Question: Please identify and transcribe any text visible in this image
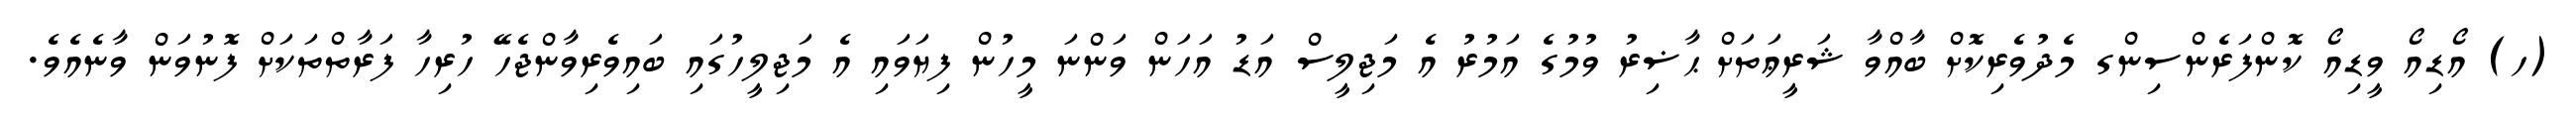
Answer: (ހ) އޯޑިއޯ ވީޑިއޯ ކޮންފަރެންސިންގ މެދުވެރިކޮށް ބާއްވާ ޝަރީޢަތަށް ޙާޟިރު ވުމުގެ އަމުރު އެ މަޖިލީސް އަޑު އަހަން ވަންނަ މީހުން ފިޔަވައި އެ މަޖިލީހުގައި ބައިވެރިވާންޖެހޭ ހުރިހާ ފަރާތްތަކަށް ފޮނުވަން ވާނެއެވެ.